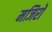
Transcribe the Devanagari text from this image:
मजिरो